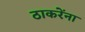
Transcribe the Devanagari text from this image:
ठाकरेंना